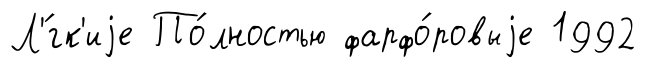
Л'́гк'иjе По́лностью фарфо́ровыjе 1992